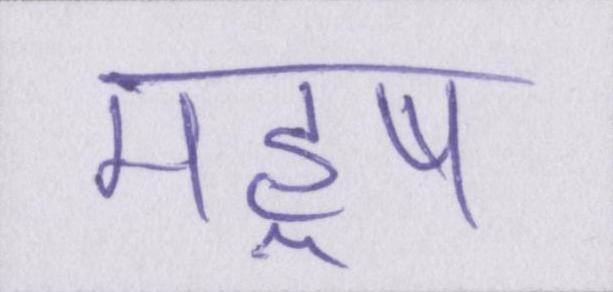
महॢष